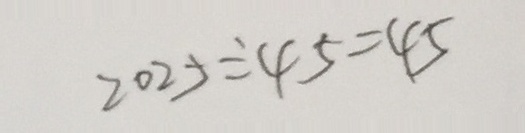
2 0 2 5 \div 4 5 = 4 5